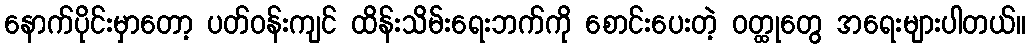
နောက်ပိုင်းမှာတော့ ပတ်ဝန်းကျင် ထိန်းသိမ်းရေးဘက်ကို စောင်းပေးတဲ့ ဝတ္ထုတွေ အရေးများပါတယ်။